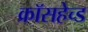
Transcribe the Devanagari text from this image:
क्रॉसहेच्ड